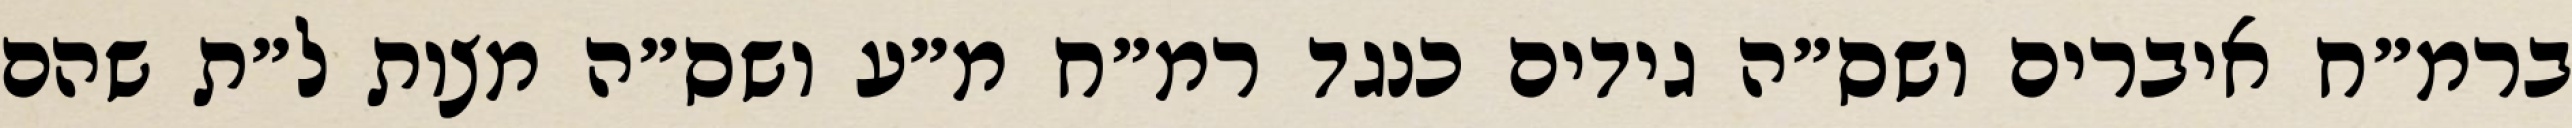
ברמ״ח איברים ושס״ה גידים כנגד רמ״ח מ״ע ושס״ה מצות ל״ת שהם